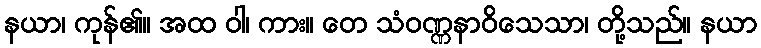
နယာ၊ ကုန်၏။ အထ ဝါ၊ ကား။ တေ သံဝဏ္ဏနာဝိသေသာ၊ တို့သည်။ နယာ